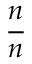
\frac { n } { n }